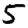
Digit: 5